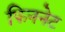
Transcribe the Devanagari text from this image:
फिननेट